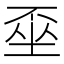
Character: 𡍂